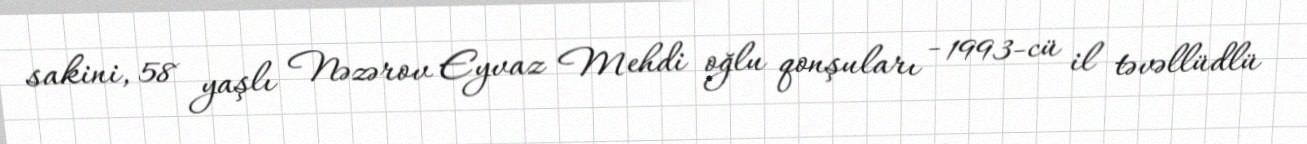
sakini, 58 yaşlı Nəzərov Eyvaz Mehdi oğlu qonşuları - 1993-cü il təvəllüdlü